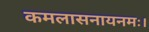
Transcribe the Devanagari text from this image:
कमलासनायनमः।